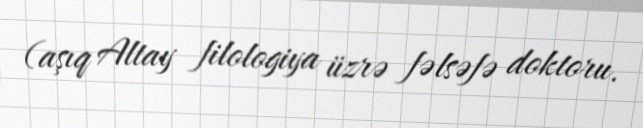
(aşıq Altay filologiya üzrə fəlsəfə doktoru.